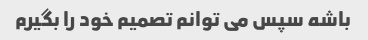
باشه سپس می توانم تصمیم خود را بگیرم